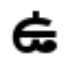
ఉ